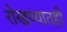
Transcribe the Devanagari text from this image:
रोखण्यातही